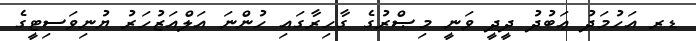
ޑރ އަހުމަދު ޢަބުދު ދީދީ ވަނީ މިޞްރުގެ ގާހިރާގައި ހުންނަ އަލްއަޒުހަރު ޔުނިވަސިޓީގެ